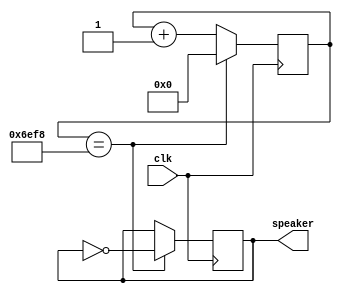
module music_Anote(clk, speaker);//440Hz -> 25MHz/56818
input clk;
output speaker;

reg [14:0] counter;
always @(posedge clk) 
  if(counter==28408) counter<=0;
  
  else counter <= counter+1; // use 56818/2 to get duty cycle of 50%, else would be 42%

reg speaker;

always @(posedge clk) 
  if(counter==28408) speaker <= ~speaker;

endmodule